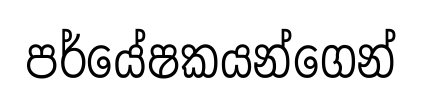
පර්යේෂකයන්ගෙන්